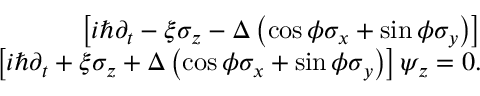
\begin{array} { r l r } & { } & { \left[ i \hbar \partial _ { t } - \xi \sigma _ { z } - \Delta \left( \cos \phi \sigma _ { x } + \sin \phi \sigma _ { y } \right) \right] } \\ & { } & { \left[ i \hbar \partial _ { t } + \xi \sigma _ { z } + \Delta \left( \cos \phi \sigma _ { x } + \sin \phi \sigma _ { y } \right) \right] \psi _ { z } = 0 . } \end{array}